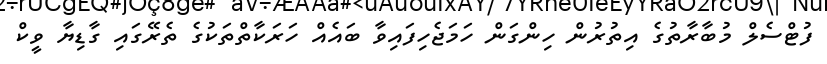
ފުޓްސެލް މުބާރާތުގެ އިތުރުން ހިންގަން ހަމަޖެހިފައިވާ ބައެއް ހަރަކާތްތަކުގެ ތެރޭގައި ގާޑިޔާ ވީކް